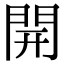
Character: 開